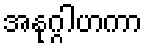
အနုဂ္ဂါဟကာ